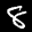
Label: 8